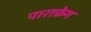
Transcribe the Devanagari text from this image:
पाराफ्रेग